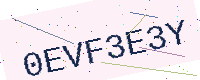
Text: 0EVF3E3Y